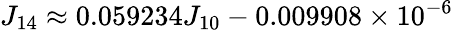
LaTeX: J_{14}\approx 0.059234J_{10}-0.009908\times 10^{-6}